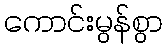
ကောင်းမွန်စွာ